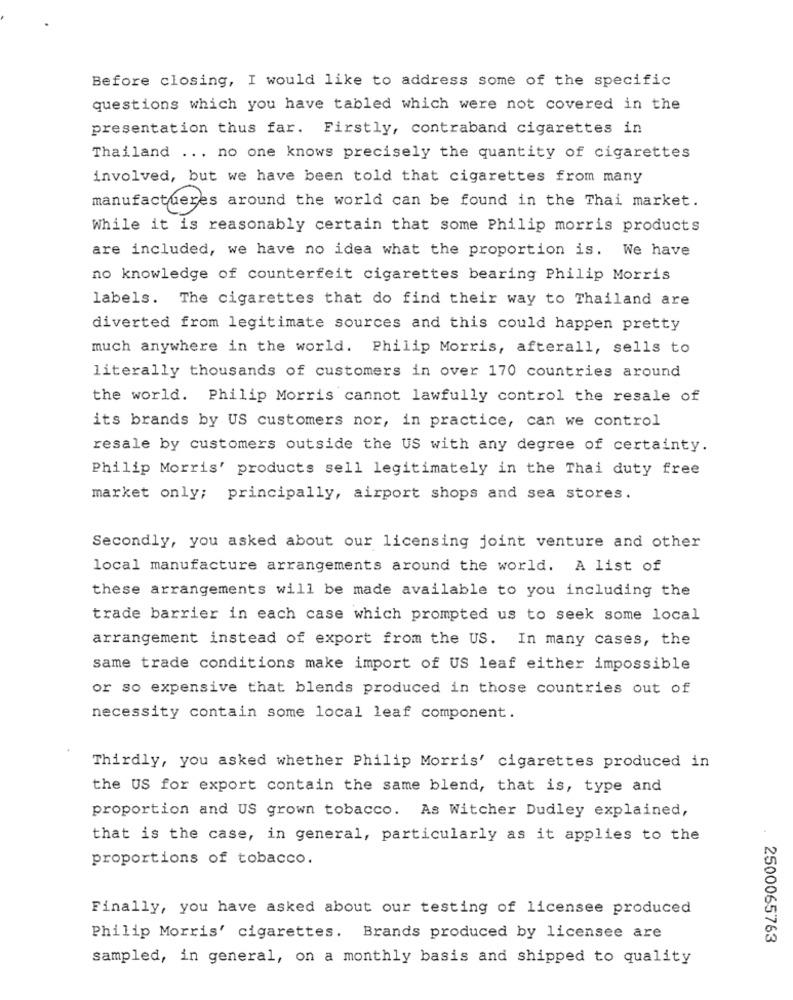
Before closing, I would like to address some of the specific
questions which you have tabled which were not covered in the
presentation thus far. Firstly, contraband cigarettes in
Thailand ... no one knows precisely the quantity of cigarettes
involved, but we have been told that cigarettes from many
manufactueres around the world can be found in the Thai market.
While it is reasonably certain that some Philip morris products
are included, we have no idea what the proportion is. We have
no knowledge of counterfeit cigarettes bearing Philip Morris
labels. The cigarettes that do find their way to Thailand are
diverted from legitimate sources and this could happen pretty
much anywhere in the world. Philip Morris, afterall, sells to
literally thousands of customers in over 170 countries around
the world. Philip Morris cannot lawfully control the resale of
its brands by US customers nor, in practice, can we control
resale by customers outside the US with any degree of certainty.
Philip Morris' products sell legitimately in the Thai duty free
market only; principally, airport shops and sea stores.
Secondly, you asked about our licensing joint venture and other
local manufacture arrangements around the world. A list of
these arrangements will be made available to you including the
trade barrier in each case which prompted us to seek some local
arrangement instead of export from the US. In many cases, the
same trade conditions make import of US leaf either impossible
or so expensive that blends produced in those countries out of
necessity contain some local leaf component.
Thirdly, you asked whether Philip Morris' cigarettes produced in
the US for export contain the same blend, that is, type and
proportion and US grown tobacco. As Witcher Dudley explained,
that is the case, in general, particularly as it applies to the
proportions of tobacco.
Finally, you have asked about our testing of licensee produced
Philip Morris' cigarettes. Brands produced by licensee are
2500065763
sampled, in general, on a monthly basis and shipped to quality